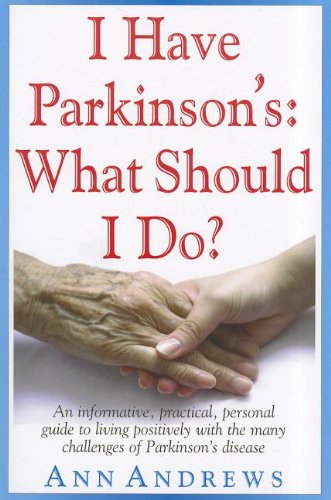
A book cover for I Have Parkinson's: What Should I Do?; Ann Andrews; Health, Fitness & Dieting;